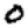
Digit: 0